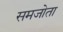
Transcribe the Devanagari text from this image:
समजोता